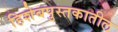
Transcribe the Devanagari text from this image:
हिशेबपुस्तकातील